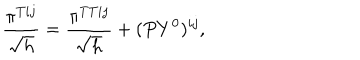
\frac { \pi ^ { T i j } } { \sqrt h } = \frac { \pi ^ { T T i j } } { \sqrt h } + ( P Y ^ { 0 } ) ^ { i j } ,